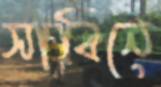
সাবিনে